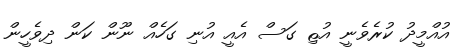
އުއްމީދު ކުރެވެނީ އުޱި ގަސް އެއީ އުނި ގަހެއް ނޫން ކަން ދިވެހީން